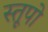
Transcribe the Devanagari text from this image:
स्‍तूपो